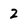
Character: 2